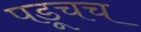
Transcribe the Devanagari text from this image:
पडूचच